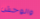
والوحش